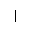
\mid